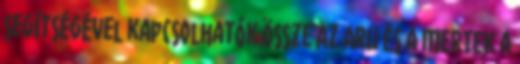
segítségével kapcsolhatók össze Az ARU és a MERTEK a